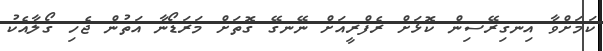
ކަމަށްވާ އިނގިރޭސިން ކޮޅަށް ރެފްރީއަށް ނޭނގޭ ގޮތަށް މަރަޑޯނާ އަތުން ޖެހި ގޯލާއެކު